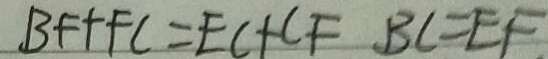
B F + F C = E C + C F B C = E F